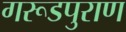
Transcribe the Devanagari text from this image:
गरूडपुराण